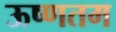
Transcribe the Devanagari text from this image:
ऊष्णतम